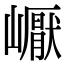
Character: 𡽣